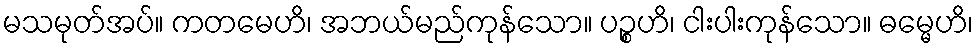
မသမုတ်အပ်။ ကတမေဟိ၊ အဘယ်မည်ကုန်သော။ ပဉ္စဟိ၊ ငါးပါးကုန်သော။ ဓမ္မေဟိ၊